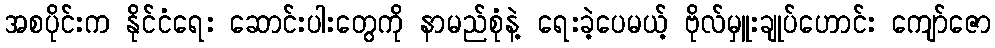
အစပိုင်းက နိုင်ငံရေး ဆောင်းပါးတွေကို နာမည်စုံနဲ့ ရေးခဲ့ပေမယ့် ဗိုလ်မှူးချုပ်ဟောင်း ကျော်ဇော